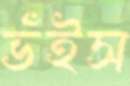
ভঁইস